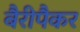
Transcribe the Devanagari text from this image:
बैरीपैकर